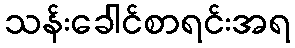
သန်းခေါင်စာရင်းအရ